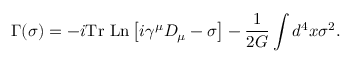
\Gamma ( \sigma ) = - i \mathrm { T r ~ L n } \left[ i \gamma ^ { \mu } D _ { \mu } - \sigma \right] - \frac { 1 } { 2 G } \int d ^ { 4 } x \sigma ^ { 2 } .